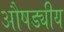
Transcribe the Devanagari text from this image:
औषड्यीय